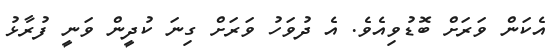
އެކަން ވަރަށް ބޮޑުވިއެވެ. އެ ދުވަހު ވަރަށް ގިނަ ކުދީން ވަނީ ފުރާޅު